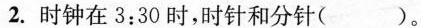
2.时钟在3:30时，时针和分针( )。